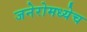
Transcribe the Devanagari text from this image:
जनेरोमध्येच